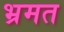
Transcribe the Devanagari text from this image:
भ्रमत